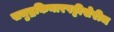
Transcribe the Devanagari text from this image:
समुद्रकिनारपट्टीखेरीज